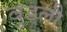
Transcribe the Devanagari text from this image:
वुडली